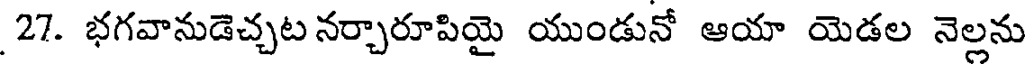
27. భగవానుడెచ్చట నర్చారూపియై యుండునో ఆయా యెడల నెల్లను